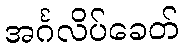
အင်္ဂလိပ်ခေတ်